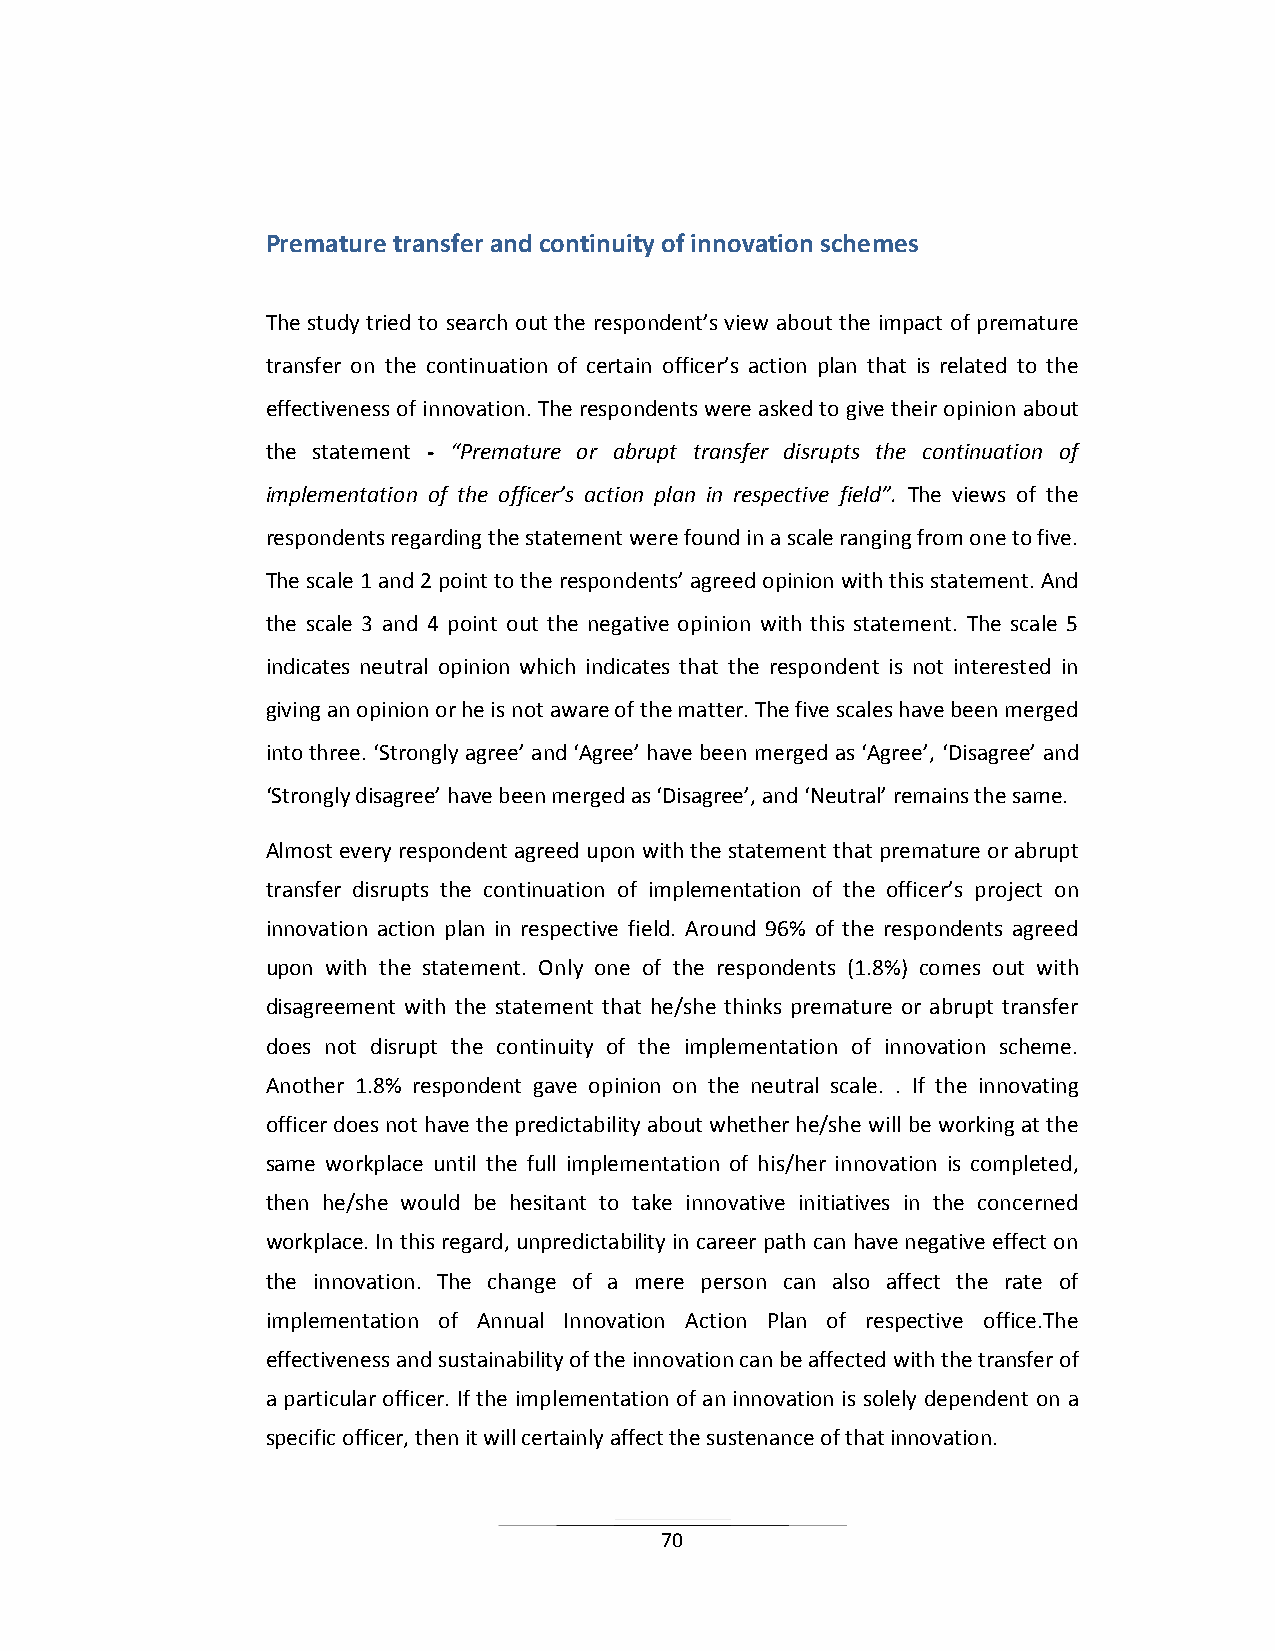
Premature transfer and continuity of innovation schemes
 The study tried to search out the respondent’s view about the impact of premature
 transfer on the continuation of certain officer’s action plan that is related to the
 effectiveness of innovation. The respondents were asked to give their opinion about
 the statement - “Premature or abrupt transfer disrupts the continuation of
 implementation of the officer’s action plan in respective field”. The views of the
 respondents regarding the statement were found in a scale ranging from one to five.
 The scale 1 and 2 point to the respondents’ agreed opinion with this statement. And
 the scale 3 and 4 point out the negative opinion with this statement. The scale 5
 indicates neutral opinion which indicates that the respondent is not interested in
 giving an opinion or he is not aware of the matter. The five scales have been merged
 into three. ‘Strongly agree’ and ‘Agree’ have been merged as ‘Agree’, ‘Disagree’ and
 ‘Strongly disagree’ have been merged as ‘Disagree’, and ‘Neutral’ remains the same.
 Almost every respondent agreed upon with the statement that premature or abrupt
 transfer disrupts the continuation of implementation of the officer’s project on
 innovation action plan in respective field. Around 96% of the respondents agreed
 upon with the statement. Only one of the respondents (1.8%) comes out with
 disagreement with the statement that he/she thinks premature or abrupt transfer
 does not disrupt the continuity of the implementation of innovation scheme.
 Another 1.8% respondent gave opinion on the neutral scale. . If the innovating
 officer does not have the predictability about whether he/she will be working at the
 same workplace until the full implementation of his/her innovation is completed,
 then he/she would be hesitant to take innovative initiatives in the concerned
 workplace. In this regard, unpredictability in career path can have negative effect on
 the innovation. The change of a mere person can also affect the rate of
 implementation of Annual Innovation Action Plan of respective office.The
 effectiveness and sustainability of the innovation can be affected with the transfer of
 a particular officer. If the implementation of an innovation is solely dependent on a
 specific officer, then it will certainly affect the sustenance of that innovation.
 70